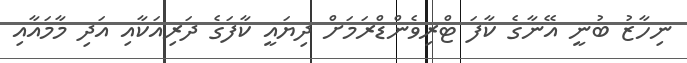
ނިހާޒު ބުނީ އޭނާގެ ކާފަ ޓްރިވެންޑްރަމަށް ދިޔައީ ކާފަގެ ދަރިއަކާއި އަދި މާމައާއި